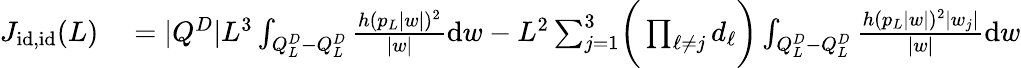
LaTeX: \begin{array}{rl}{J_{\textnormal{id},\textnormal{id}}(L)}&{{}=|Q^{D}|L^{3}\int_{Q_{L}^{D}-Q_{L}^{D}}\frac{h(p_{L}|w|)^{2}}{|w|}\mathrm{d}w-L^{2}\sum_{j=1}^{3}\biggr(\prod_{\ell\neq j}d_{\ell}\biggr)\int_{Q_{L}^{D}-Q_{L}^{D}}\frac{h(p_{L}|w|)^{2}|w_{j}|}{|w|}\mathrm{d}w}\end{array}